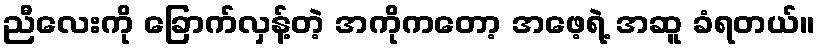
ညီလေးကို ခြောက်လှန့်တဲ့ အကိုကတော့ အဖေ့ရဲ့ အဆူ ခံရတယ်။